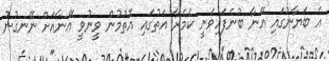
އެ ބަޔާނުގައި އޭނާ ބުނެފައިވަނީ ކެމެރާ އަތުގައި އޮތުމުން ވީނުވީ އޭނާއަށް ނޭނގުނު